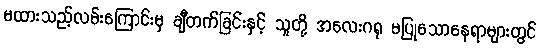
မထားသည့်လမ်းကြောင်းမှ ချီတက်ခြင်းနှင့် သူတို့ အလေးဂရု မပြုသောနေရာများတွင်